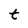
Character: t